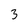
Character: 3